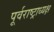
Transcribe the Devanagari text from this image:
पूर्वराष्ट्राध्यक्ष